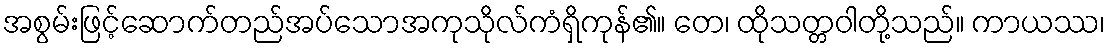
အစွမ်းဖြင့်ဆောက်တည်အပ်သောအကုသိုလ်ကံရှိကုန်၏။ တေ၊ ထိုသတ္တဝါတို့သည်။ ကာယဿ၊